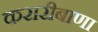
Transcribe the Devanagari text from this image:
करारीबाणा